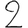
Digit: 2